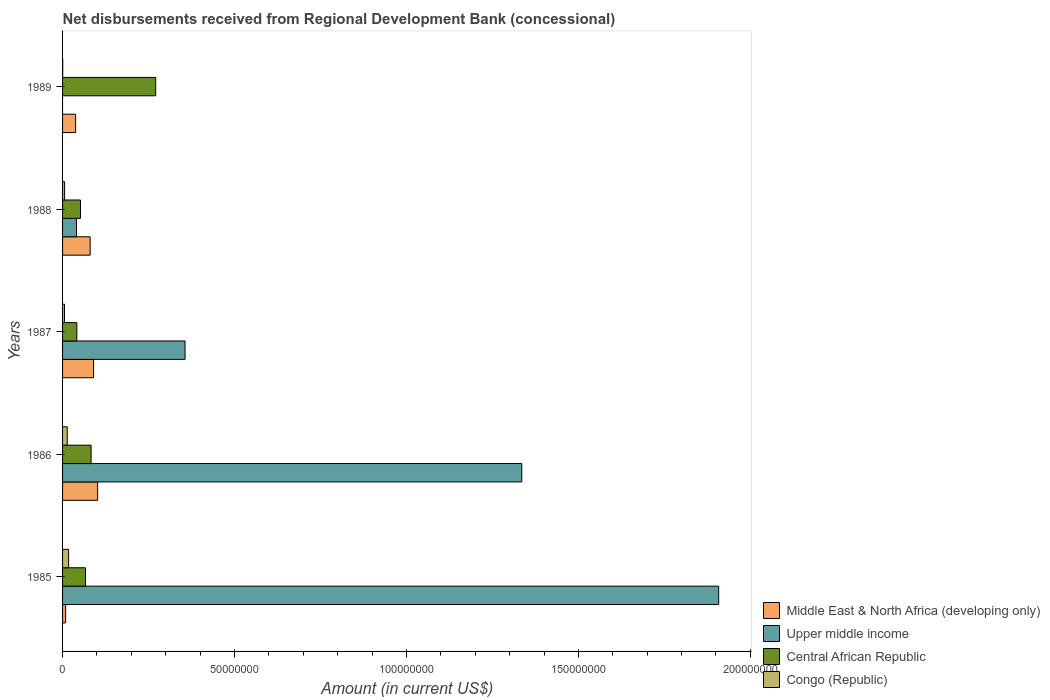
| Years | Middle East & North Africa (developing only) | Upper middle income | Central African Republic | Congo (Republic) |
 | --- | --- | --- | --- | --- |
 | 1985 | 8.91e+05 | 1.91e+08 | 6.67e+06 | 1.76e+06 |
 | 1986 | 1.02e+07 | 1.34e+08 | 8.3e+06 | 1.36e+06 |
 | 1987 | 9.02e+06 | 3.56e+07 | 4.15e+06 | 5.61e+05 |
 | 1988 | 8.03e+06 | 4.05e+06 | 5.21e+06 | 5.84e+05 |
 | 1989 | 3.8e+06 | -3.52e+06 | 2.71e+07 | 4e+04 |